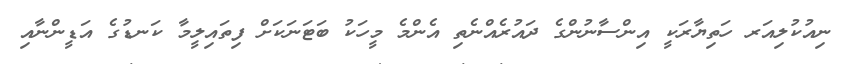
ނިއުކުލިއަރ ހަތިޔާރަކީ އިންސާނުންގެ ދައުރެއްނެތި އެންމެ މީހަކު ބަޓަނަކަށް ފިތައިލީމާ ކަނޑުގެ އަޑީންނާއި